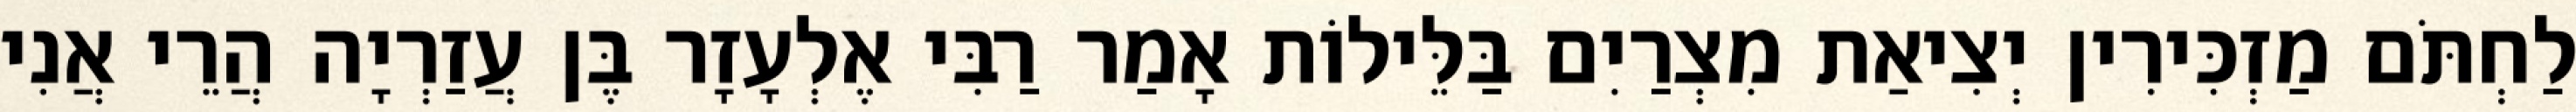
לַחְתֹּם מַזְכִּירִין יְצִיאַת מִצְרַיִם בַּלֵּילוֹת אָמַר רַבִּי אֶלְעָזָר בֶּן עֲזַרְיָה הֲרֵי אֲנִי